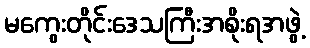
မကွေးတိုင်းဒေသကြီးအစိုးရအဖွဲ့